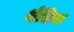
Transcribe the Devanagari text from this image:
थेसिगर